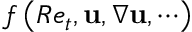
f \left( R e _ { t } , \mathbf { u } , \nabla \mathbf { u } , \cdots \right)